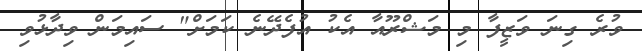
ވުރެ ގިނަ ވަޒީފާ މި މަޝްރޫއާ އެކު އުފެދޭނެ ކަމަށް" ސައިމަން ވިދާޅުވި